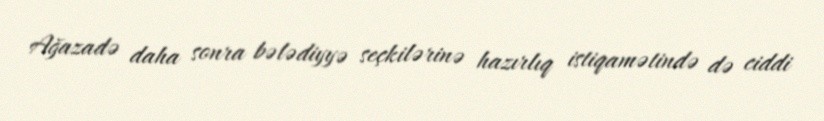
Ağazadə daha sonra bələdiyyə seçkilərinə hazırlıq istiqamətində də ciddi